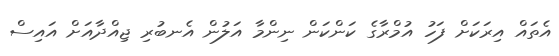
އެތައް އިރަކަށް ފަހު އުމްރާގެ ކަންކަން ނިންމާ އަލުން އެނބުރި ޖިއްދާއަށް އައިސް